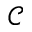
\mathcal { C }